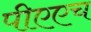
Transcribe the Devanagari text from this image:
पीएएच